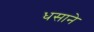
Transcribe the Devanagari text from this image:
धसाने